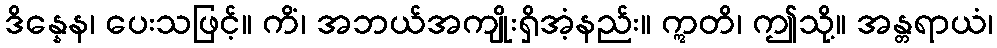
ဒိန္နေန၊ ပေးသဖြင့်။ ကိံ၊ အဘယ်အကျိုးရှိအံ့နည်း။ ဣတိ၊ ဤသို့။ အန္တရာယံ၊